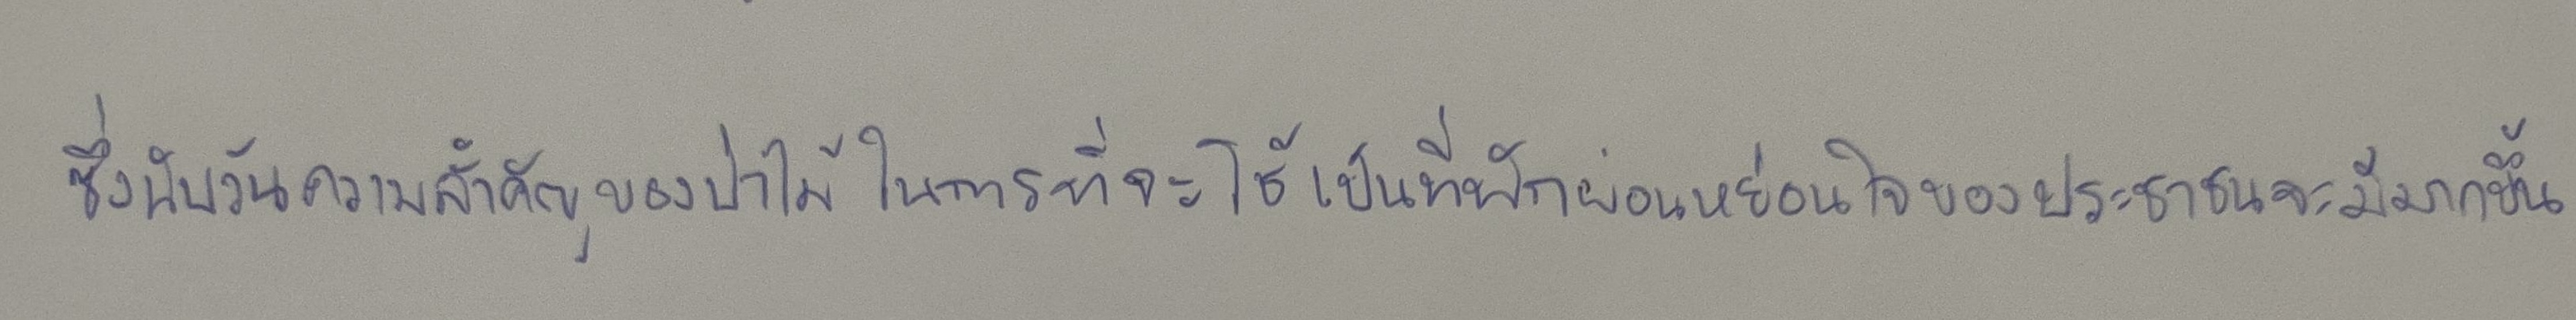
ซึ่งนับวันความสำคัญของป่าไม้ในการที่จะใช้เป็นที่พักผ่อนหย่อนใจของประชาชนจะมีมากขึ้น